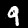
Digit: 9